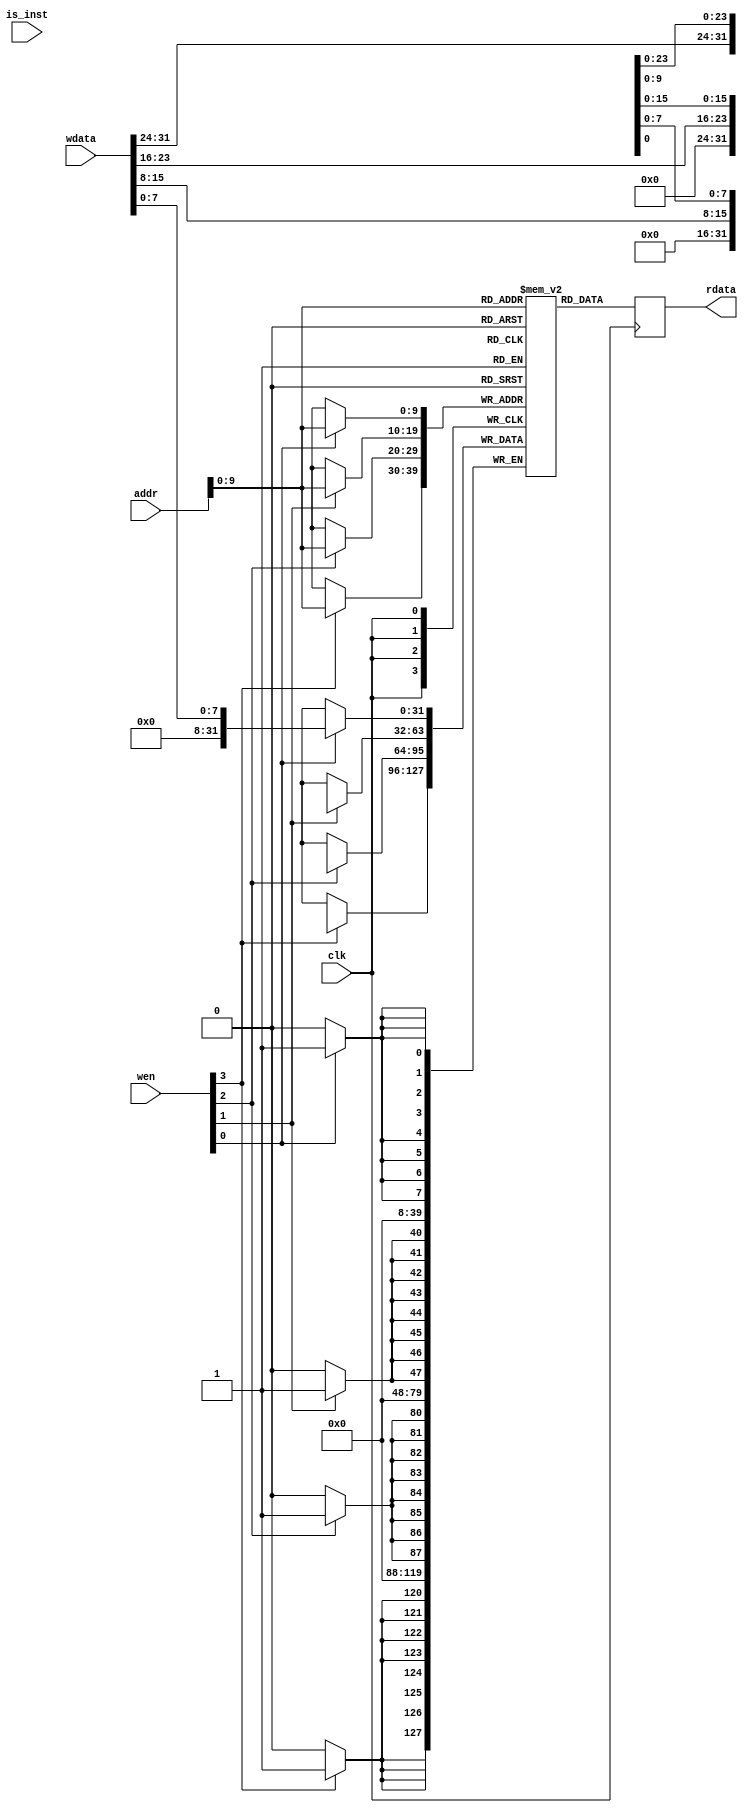
/*
 * pico
 *
 * mem  mem
 */
module mem_mem #(
        parameter integer WORDS = 1024
    )(
		input wire clk,
		input wire is_inst,         //
		input wire [3:0]  wen,		//
		input wire [21:0] addr,		//22
		input wire [31:0] wdata, 	//32
		output reg [31:0] rdata	    //32
	);
	// 1024*4B = 4KB
	reg [31:0] mem [0:WORDS-1];		
    
	always @(posedge clk) begin
		rdata <= mem[addr];
		if (wen[0]) mem[addr][ 7: 0] <= wdata[ 7: 0];
		if (wen[1]) mem[addr][15: 8] <= wdata[15: 8];
		if (wen[2]) mem[addr][23:16] <= wdata[23:16];
		if (wen[3]) mem[addr][31:24] <= wdata[31:24];
	end
endmodule